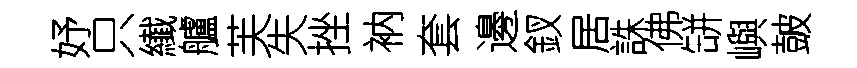
妤只纎艫芙失挫衲套邊釵居誅佛缾嶼皷